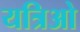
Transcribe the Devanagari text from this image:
यत्रिओ